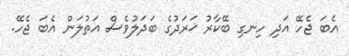
އެބަ ޖެހޭ އަދި ހިނގި ބޭކާރު ޚަރަދުގެ ބަދަލުވެސް އަތުލަން އެބަ ޖެހޭ.